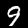
Digit: 9